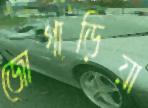
জোগাড়িয়া